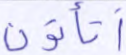
أتأتون